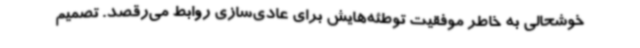
خوشحالی به خاطر موفقیت توطئه‌هایش برای عادی‌سازی روابط می‌رقصد. تصمیم